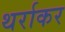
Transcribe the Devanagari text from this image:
थर्राकर